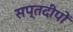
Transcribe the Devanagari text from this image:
सप्तदीपों